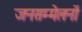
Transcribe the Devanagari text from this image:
जनसम्मेलनों